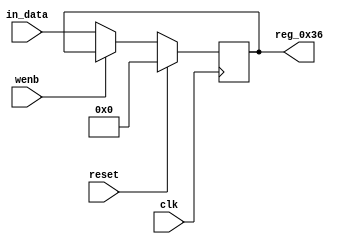
module r_RX_BUF_OBJ1_BYTE_2(output reg [7:0] reg_0x36, input wire reset, input wire wenb, input wire [7:0] in_data, input wire clk);
	always@(posedge clk)
	begin
		if(reset==0) begin
			if(wenb==0)
				reg_0x36<=in_data;
			else
				reg_0x36<=reg_0x36;
		end
		else
			reg_0x36<=8'h00;
	end
endmodule